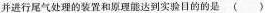
并进行尾气处理的装置和原理能达到实验目的的是 ( )